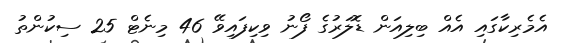
އެމެރިކާގައި އެއް ބިލިއަން ޑޮލަރުގެ ފޯނު ވިކިފައިވޭ 46 މިނެޓް 25 ސިކުންތު